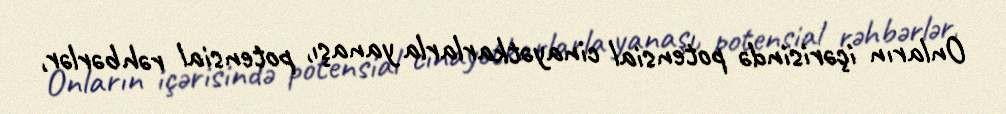
Onların içərisində potensial cinayətkarlarla yanaşı, potensial rəhbərlər,